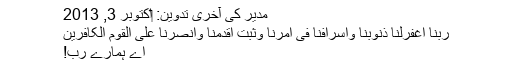
مدیر کی آخری تدوین: ‏اکتوبر 3, 2013
رَبَّنَا اغْفِرْلَنَا ذُنُوْبَنَا وَاِسْرَافَنَا فیْ اَمْرِنَا وَثَبِّتْ اَقْدَمَنَا وَانْصُرْنَا عَلَی الْقَوْمِ الکَافِرِیْنَ
اے ہمارے رب!